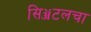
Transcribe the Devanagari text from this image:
सिॲटलचा